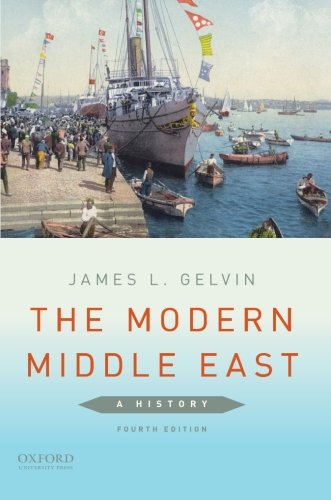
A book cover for The Modern Middle East: A History; James L. Gelvin; History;